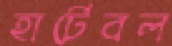
হার্টেবল